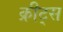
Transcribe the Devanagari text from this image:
क्रीट्स